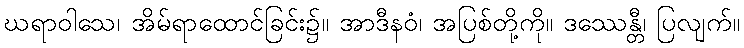
ဃရာဝါသေ၊ အိမ်ရာထောင်ခြင်း၌။ အာဒီနဝံ၊ အပြစ်တို့ကို။ ဒဿေန္တီ၊ ပြလျက်။